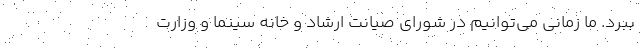
ببرد. ما زمانی می‌توانیم در شورای صیانت ارشاد و خانه سینما و وزارت